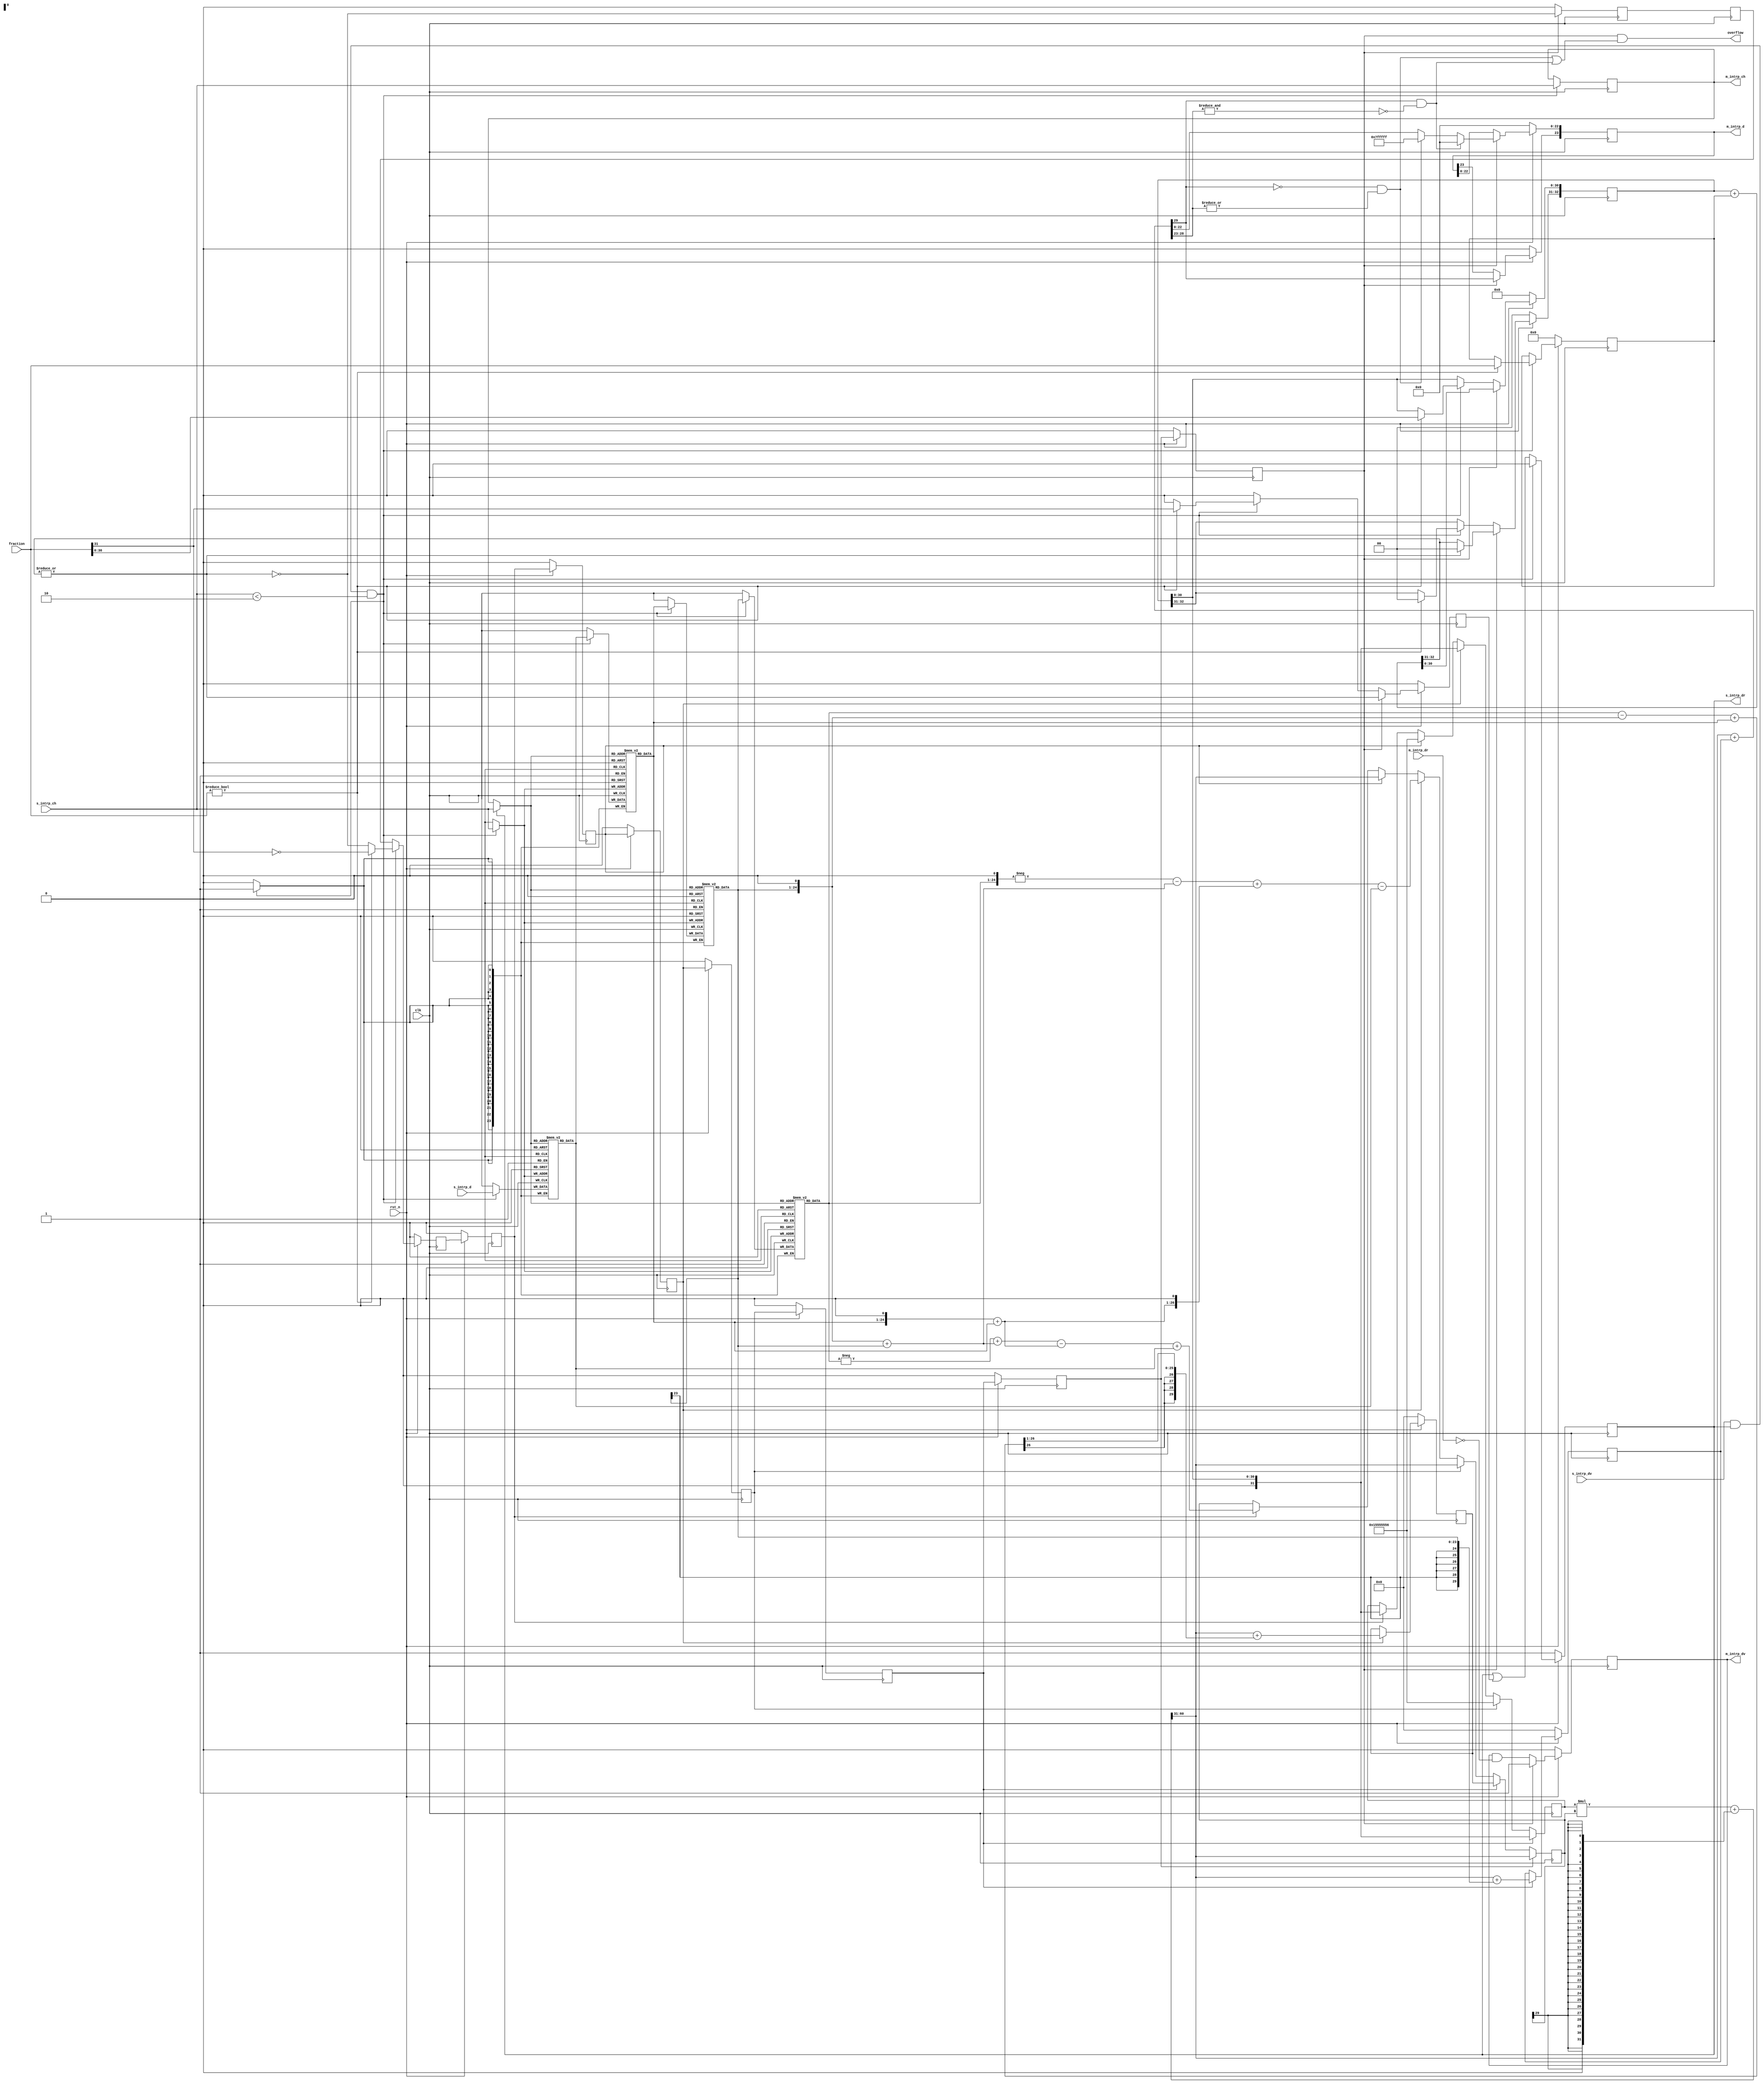
/**
 *  Copyright (C) 2024, Kees Krijnen.
 *
 *  This program is free software: you can redistribute it and/or modify it
 *  under the terms of the GNU Lesser General Public License as published by the
 *  Free Software Foundation, either version 3 of the License, or (at your
 *  option) any later version.
 *
 *  This program is distributed WITHOUT ANY WARRANTY; without even the implied
 *  warranty of MERCHANTIBILITY or FITNESS FOR A PARTICULAR PURPOSE.  See the
 *  GNU Lesser General Public License for more details.
 *
 *  You should have received a copy of the GNU Lesser General Public License
 *  along with this program. If not, see <https://www.gnu.org/licenses/> for a
 *  copy.
 *
 *  License: LGPL, v3, as defined and found on www.gnu.org,
 *           https://www.gnu.org/licenses/lgpl-3.0.html
 *
 *  Description:
 *
 *  The purpose of interpolation is to determine the amplitude y(x), for an
 *  arbitrary x, where x is a fraction between 0.0 and 1.0:
 *
 *       y(-2)        y(-1)       y(0)  y(x)  y(1)        y(2)
 *         |            |           |     |     |           |
 *     -- -2 --------- -1 --------- 0 --- x --- 1 --------- 2 -----> T (time)
 *         |            |           |           |           |
 *         p2           p1          p0          n1          n2
 *
 *  The samples being interpolated represent the wave amplitude at a particular
 *  instant of time, T - an impulse train. So each sample is the amplitude at
 *  T = ..., -2, -1, 0, 1, 2, ... etc.
 *
 *  Determination n-th order polynomial coefficients requires n+1 data points.
 *  When the polynomial coefficients are known y(x) can be calculated:
 *
 *    y(x)  = ax3 + bx2 + cx + d   // 3rd order polynomial
 *    y(x)  = x(x(ax + b) + c) + d
 *       x = -1, 0, 1, 2           // Determine coefficients by substitution
 *
 *    y(-1) -> p1 = -a + b - c + d             a = (-p1 + 3p0 - 3n1 + n2)/6
 *    y(0)  -> p0 = d                          b = (p1 - 2p0 + n1)/2
 *    y(1)  -> n1 = a + b + c + d              c = (-2p1 - 3p0 + 6n1 - n2)/6
 *    y(2)  -> n2 = 8a + 4b + 2c + d           d = p0
 *
 *  Interpolates between p0 and n1 taking the previous (p1) and next (n2) points
 *  into account:
 *
 *    float interpolate( float x, p1, p0, n1, n2 )
 *    {
 *        return ( // return y(x)
 *            p0 +                                          // d
 *            x * ((( -2p1 - 3p0 + 6n1 - n2 ) / 6 ) +       // c
 *              x * ((( p1 - 2p0 + n1 ) / 2 ) +             // b
 *                x * (( -p1 + 3p0 - 3n1 + n2 ) / 6 ) )));  // a
 *    }
 *
 *    2p0 = p0 << 1, 3p0 = 2p0 + p0, 6n1 = 3n1 << 1, /2 => >> 1
 *    /6 => * 1/6, division equals multiplication by fraction
 *
 *    y(x) = ax4 + bx3 + cx2 + dx + e     // 4th order polynomial
 *    y(x) = x(x(x(ax + b) + c) + d) + e
 *       x = -2, -1, 0, 1, 2              // Determine coefficients by substitution
 *
 *    y(-2) -> p2 = 16a - 8b + 4c - 2d + e    a = (p2 - 4p1 + 6p0 - 4n1 + n2)/24
 *    y(-1) -> p1 = a - b + c - d + e         b = (-p2 + 2p1 - 2n1 + n2)/12
 *    y(0)  -> p0 = e                         c = (-p2 + 16p1 - 30p0 + 16n1 - n2)/24
 *    y(1)  -> n1 = a + b + c + d + e         d = (p2 - 8p1 + 8n1 - n2)/12
 *    y(2)  -> n2 = 16a + 8b + 4c + 2d + e    e = p0
 *
 *  Interpolates between p0 and n1 taking the previous (p2, p1) and next (n2)
 *  points into account:
 *
 *    float interpolate( float x, p2, p1, p0, n1, n2 )
 *    {
 *        return ( // return y(x)
 *            p0 +                                                   // e
 *            x * ((( p2 - 8p1 + 8n1 - n2 ) / 12 ) +                 // d
 *              x * ((( -p2 + 16p1 - 30p0 + 16n1 - n2 ) / 24 ) +     // c
 *                x * ((( -p2 + 2p1 - 2n1 + n2 ) / 12 ) +            // b
 *                  x * (( p2 - 4p1 + 6p0 - 4n1 + n2 ) / 24 ) ))));  // a
 *    }
 *
 *    2p1 = p1 << 1, 8p1 = p1 << 3, 16p1 = 8p1 << 1, 30p0 = ( p0 << 5 ) - 2p0
 *    /12 => ( * 1/6 ) >> 1, /24 => ( * 1/6 ) >> 2
 *
 *  A 5th order polynomial interpolation, with four data points sampled, is
 *  based on publications by Joshua Scholar and Dave Waugh:
 *
 *    y(x) = ax5 + bx4 + cx3 + dx2 + ex + f  // 5th order polynomial
 *    y(x) = x(x(x(x(ax + b) + c) + d) + e) + f
 *
 *    float interpolate( float x, p1, p0, n1, n2 )
 *    {
 *        return ( // return y(x)
 *            p0 +                                                          // f
 *            .5f *
 *            x * ( n1 - p1 +                                               // e
 *              x * ( n1 + ( -2 * p0 ) + p1 +                               // d
 *                x * (( 9 * ( n1 - p0 )) + ( 3 * ( p1 - n2 )) +            // c
 *                  x * (( 15 * ( p0 - n1 )) + ( 5 * ( n2 - p1 )) +         // b
 *                    x * (( 6 * ( n1 - p0 )) + ( 2 * ( p1 - n2 ))) )))));  // a
 *    }
 *
 *    .5f *            => >> 1
 *    -2 * p0          => -p0 << 1
 *    9 * ( n1 - p0 )  => (( n1 - p0 ) << 3 ) + ( n1 - p0 )
 *    3 * ( p1 - n2 )  => ( -( n2 - p1 ) << 1 ) - ( n2 - p1 )
 *    15 * ( p0 - n1 ) => ( -( n1 - p0 ) << 4 ) + ( n1 - p0 )
 *    5 * ( n2 - p1 )  => (( n2 - p1 ) << 2 ) + ( n2 - p1 )
 *    6 * ( n1 - p0 )  => (( n1 - p0 ) << 2 ) + (( n1 - p0 ) << 1 )
 *    2 * ( p1 - n2 )  => -( n2 - p1 ) << 1
 *
 *  The data output is asynchronous due to multi channel processing. Synchronous
 *  data output would require data fifos for timing the output of every channel.
 *  When there is a single channel (NR_CHANNELS=1), the data output is semi-
 *  synchronous what helps the process visualization in graphical simulation
 *  display.
 **/

`resetall
`timescale 1ns / 1ps
`default_nettype none

module interpolator #(
    parameter POLYNOMIAL     = "3RD_ORDER", // "4TH_ORDER", "5TH_ORDER"
    parameter INPUT_WIDTH    = 24, // Input width
    parameter FRACTION_WIDTH = 32, // >= INPUT_WIDTH + 1
    parameter NR_CHANNELS    = 2 ) // Number of interpolation channels
    (
    clk, rst_n, // Synchronous reset, high when clk is stable!
    s_intrp_d, s_intrp_ch, s_intrp_dv, s_intrp_dr, // _d = data, _ch = channel id
    fraction, // Fraction represents max. value 2.0 to allow down conversions
    m_intrp_d, m_intrp_ch, m_intrp_dv, m_intrp_dr, // _dv = data valid, _dr = data ready
    overflow
    );

localparam MAX_CLOG2_WIDTH = 8;
/*============================================================================*/
function integer clog2( input [MAX_CLOG2_WIDTH-1:0] value );
/*============================================================================*/
    reg [MAX_CLOG2_WIDTH-1:0] depth;
    begin
        clog2 = 1; // Minimum bit width
        if ( value > 1 ) begin
            depth = value - 1;
            clog2 = 0;
            while ( depth > 0 ) begin
                depth = depth >> 1;
                clog2 = clog2 + 1;
            end
        end
    end
endfunction

localparam
    INW   = INPUT_WIDTH, // Input  width
    OUTW  = INPUT_WIDTH, // Output width
    CHW   = clog2( NR_CHANNELS ), // Channel width
    CHN   = NR_CHANNELS, // Number of channels
    CNTRW = FRACTION_WIDTH; // Fraction and counter width

input  wire             clk;
input  wire             rst_n; // Synchronous reset, high when clk is stable!
input  wire [INW-1:0]   s_intrp_d;
input  wire [CHW-1:0]   s_intrp_ch;
input  wire             s_intrp_dv;
output wire             s_intrp_dr;
input  wire [CNTRW-1:0] fraction; // 1.CNTRW-1 fraction value
output wire [OUTW-1:0]  m_intrp_d;
output wire [CHW-1:0]   m_intrp_ch;
output wire             m_intrp_dv;
input  wire             m_intrp_dr;
output wire             overflow;
/**
 * The 1.CNTRW-1 fraction (step) value represents a maximum of 2. E.g. an input
 * sample rate of 48kHz could be converted down to 24kHz but not lower. Most
 * generally 48kHz audio could be converted down to 44.1kHz or 32kHz.
 **/
localparam real FACTOR_1 = 2.0 ** ( CNTRW - 1 ); // 1.0 == power 2 fraction width
localparam real ONE_SIXTH = ( FACTOR_1 / 6.0 ) + 0.5; // 1/6 factor
localparam real ONE_TWELFTH = ( FACTOR_1 / 12.0 ) + 0.5; // 1/12 factor
localparam real ONE_TWENTY_FOURTH = ( FACTOR_1 / 24.0 ) + 0.5; // 1/24 factor

// Parameter checks
/*============================================================================*/
initial begin : param_check
/*============================================================================*/
    if ( POLYNOMIAL != "3RD_ORDER" &&
         POLYNOMIAL != "4TH_ORDER" &&
         POLYNOMIAL != "5TH_ORDER" ) begin
        $display( "Select one of the interpolation implementations!" );
        $finish;
    end
    if ( NR_CHANNELS > (( 2 ** MAX_CLOG2_WIDTH ) - 1 )) begin
        $display( "NR_CHANNELS > (( 2 ** MAX_CLOG2_WIDTH ) - 1 )!" );
        $finish;
    end
    if (( INPUT_WIDTH + 1 ) > FRACTION_WIDTH ) begin
        $display( "( INPUT_WIDTH + 1 ) > FRACTION_WIDTH!" );
        $finish;
    end
end // param_check

reg signed  [INW-1:0] p2 [0:CHN-1];
wire signed [INW-1:0] p2_c;
reg signed  [INW-1:0] p1 [0:CHN-1];
wire signed [INW-1:0] p1_c;
reg signed  [INW-1:0] p0 [0:CHN-1];
wire signed [INW-1:0] p0_c;
reg signed  [INW-1:0] n1 [0:CHN-1];
wire signed [INW-1:0] n1_c;
reg signed  [INW-1:0] n2 [0:CHN-1];
wire signed [INW-1:0] n2_c;

// Boolean states
reg s0 = 0;
reg s0_i = 0;
reg s0_ii = 0;
reg yx = 0;
reg next_x = 0;

reg s_intrp_dr_i = 0;
reg [CHW-1:0] m_intrp_ch_i = 0;
reg m_intrp_dv_i = 0;
wire   chs_intrp_dv; // Channel select valid
assign chs_intrp_dv = s_intrp_dv && s_intrp_dr_i && ( s_intrp_ch < NR_CHANNELS );

integer i = 0;
/*============================================================================*/
initial begin
/*============================================================================*/
    for ( i = 0; i < CHN; i = i + 1 ) begin // Initialize data memory
        p2[i] = 0;
        p1[i] = 0;
        p0[i] = 0;
        n1[i] = 0;
        n2[i] = 0;
    end
end

wire [CHW-1:0] intrp_ch;
assign intrp_ch = s_intrp_dr_i ? s_intrp_ch : m_intrp_ch_i;
assign p2_c = p2[ intrp_ch ];
assign p1_c = p1[ intrp_ch ];
assign p0_c = p0[ intrp_ch ];
assign n1_c = n1[ intrp_ch ];
assign n2_c = n2[ intrp_ch ];

/*============================================================================*/
always @(posedge clk) begin : fifo
/*============================================================================*/
    s_intrp_dr_i <= s_intrp_dr_i || next_x;
    if ( chs_intrp_dv ) begin
        s_intrp_dr_i <= 0;
        m_intrp_ch_i <= s_intrp_ch;
        { p2[ s_intrp_ch ], p1[ s_intrp_ch ], p0[ s_intrp_ch ], n1[ s_intrp_ch ], n2[ s_intrp_ch ] } <=
            { p1_c, p0_c, n1_c, n2_c, s_intrp_d };
    end
    if ( !rst_n ) begin
        s_intrp_dr_i <= 1;
    end
end // fifo
assign s_intrp_dr = s_intrp_dr_i;
assign m_intrp_ch = m_intrp_ch_i;

reg [CNTRW-1:0] step = 0;
reg [CNTRW:0] acc_fraction = 0;
wire [CNTRW:0] acc_fraction_c;
assign acc_fraction_c = acc_fraction + { 1'b0, step };
wire next_x_c;
assign next_x_c = |acc_fraction_c[CNTRW:CNTRW-1];
/*============================================================================*/
always @(posedge clk) begin : accumulate_fraction
/*============================================================================*/
    s0_i <= 0;
    s0_ii <= s0_i;
    s0 <= s0_ii; // Two clock cycles delay for same s0/yx timing as input
    next_x <= 0;
    if ( chs_intrp_dv ) begin
        s0 <= ~next_x_c;
        if ( fraction != 0 ) begin // Ignore fraction when zero!
            step <= fraction;
            acc_fraction <= { 2'b00, fraction[CNTRW-2:0] };
            next_x <= fraction[CNTRW-1];
            // No need to start when fraction >= 1, but fraction is stored for next iteration!
            s0 <= ~fraction[CNTRW-1];
        end
    end
    if ( yx ) begin
        acc_fraction <= acc_fraction_c;
        // Skip y(x) calculation when acc_fraction >= 1
        s0_i <= ~next_x_c;
        next_x <= next_x_c;
        if ( next_x_c ) begin
            acc_fraction[CNTRW:CNTRW-1] <= 0;
        end
    end
    if ( !rst_n ) begin
        s0 <= 0;
        next_x <= 0;
        step <= 0;
        acc_fraction <= 0;
    end
end // accumulate_fraction

localparam ASW = INW+6; // Reserved width for add and subtract
wire signed [ASW-1:0] p0_x_2;
wire signed [ASW-1:0] p0_x_3;
wire signed [ASW-1:0] p0_x_6;
wire signed [ASW-1:0] p1_plus_n1__x_4;
wire signed [ASW-1:0] p1_minus_n1__x_2;
wire signed [ASW-1:0] n1_x_3;
wire signed [ASW-1:0] n1_x_6;
wire signed [ASW-1:0] n1_minus_p0;
wire signed [ASW-1:0] n1_minus_p0__x_6;
wire signed [ASW-1:0] n1_minus_p0__x_9;
wire signed [ASW-1:0] p0_minus_n1__x_15;
wire signed [ASW-1:0] n2_minus_p1;
wire signed [ASW-1:0] p1_minus_n2__x_2;
wire signed [ASW-1:0] p1_minus_n2__x_3;
wire signed [ASW-1:0] n2_minus_p1__x_5;
reg signed  [ASW-1:0] a = 0;
reg signed  [ASW-1:0] a_x_6 = 0;
reg signed  [ASW-1:0] a_x_24 = 0;
reg signed  [ASW-1:0] b = 0;
reg signed  [ASW-1:0] b_x_12 = 0;
reg signed  [ASW-1:0] c = 0;
reg signed  [ASW-1:0] c_x_6 = 0;
reg signed  [ASW-1:0] c_x_24 = 0;
reg signed  [ASW-1:0] d = 0;
reg signed  [ASW-1:0] d_x_12 = 0;
reg signed  [ASW-1:0] e = 0;
reg signed  [ASW-1:0] d3rd_e4th_f5th = 0;

assign p0_x_2 = p0_c << 1;
assign p0_x_3 = p0_x_2 + p0_c;
assign p0_x_6 = p0_x_3 << 1;
assign n1_x_3 = ( n1_c << 1 ) + n1_c;
assign n1_x_6 = n1_x_3 << 1;
assign p1_plus_n1__x_4 = ( p1_c + n1_c ) << 2;
assign p1_minus_n1__x_2 = ( p1_c - n1_c ) << 1;
assign n1_minus_p0 = n1_c - p0_c;
assign n1_minus_p0__x_6 = ( n1_minus_p0 << 2 ) + ( n1_minus_p0 << 1 );
assign n1_minus_p0__x_9 = ( n1_minus_p0 << 3 ) + n1_minus_p0;
assign p0_minus_n1__x_15 = -( n1_minus_p0 << 4 ) + n1_minus_p0;
assign n2_minus_p1 = n2_c - p1_c;
assign p1_minus_n2__x_2 = -( n2_minus_p1 << 1 );
assign p1_minus_n2__x_3 = p1_minus_n2__x_2 -  n2_minus_p1;
assign n2_minus_p1__x_5 = ( n2_minus_p1 << 2 ) + n2_minus_p1;

localparam PW = CNTRW + ASW;

reg signed [CNTRW-1:0] p_arg_1; // x0_1 or division fraction (sign=0)
reg signed [ASW-1:0] p_arg_2;
reg signed [PW-1:0] product_c;
/*============================================================================*/
always @(*) begin : multiplication_and_calc_coeff
/*============================================================================*/
    product_c = ( p_arg_1 * p_arg_2 ) + // Round to zero (for negative values)!
        $signed( {{( ASW + 1 ){1'b0}}, {( CNTRW - 1 ){p_arg_2[ASW-1]}}} );
    if ( POLYNOMIAL == "3RD_ORDER" ) begin // Conditional synthesis!
        // 6a = -p1 + 3p0 - 3n1 + n2
        a_x_6 = -p1_c + p0_x_3 - n1_x_3 + n2_c;
        // 2b = p1 - 2p0 + n1
        b     = ( p1_c - p0_x_2 + n1_c ) >>> 1; // Sign extension shift!
        // 6c = -2p1 - 3p0 + 6n1 - n2
        c_x_6 = -( p1_c << 1 ) - p0_x_3 + n1_x_6 - n2_c;
    end
    if ( POLYNOMIAL == "4TH_ORDER" ) begin // Conditional synthesis!
        // 24a = p2 - 4p1 + 6p0 - 4n1 + n2
        a_x_24 = p2_c - p1_plus_n1__x_4 + p0_x_6 + n2_c;
        // 12b = -p2 + 2p1 - 2n1 + n2
        b_x_12 = -p2_c + p1_minus_n1__x_2 + n2_c;
        // 24c = -p2 + 16p1 - 30p0 + 16n1 - n2
        c_x_24 = -p2_c + ( p1_plus_n1__x_4 << 2 ) - (( p0_c << 5 ) - p0_x_2 ) - n2_c;
        // 12d = p2 - 8p1 + 8n1 - n2
        d_x_12 = p2_c - ( p1_minus_n1__x_2 << 2 ) - n2_c;
    end
    if ( POLYNOMIAL == "5TH_ORDER" ) begin // Conditional synthesis!
        // a = ( 6 * ( n1 - p0 )) + ( 2 * ( p1 - n2 ))
        a = n1_minus_p0__x_6 + p1_minus_n1__x_2;
        // b = ( 15 * ( p0 - n1 )) + ( 5 * ( n2 - p1 ))
        b = p0_minus_n1__x_15 + n2_minus_p1__x_5;
        // c = ( 9 * ( n1 - p0 )) + ( 3 * ( p1 - n2 ))
        c = n1_minus_p0__x_9 + p1_minus_n2__x_3;
        // d = n1 + ( -2 * p0 ) + p1
        d = n1_c - p0_x_2 + p1_c;
        // e = n1 - p1
        e = n1_c - p1_c;
    end
    d3rd_e4th_f5th = {{ ( ASW - INW ){p0_c[INW-1]}}, p0_c};
end // multiplication_and_calc_coeff

// Boolean states
reg ax_x_6 = 0;
reg ax_x_24 = 0;
reg ax = 0;
reg ax_plus_b = 0;
reg ax_plus_b_x_24 = 0;
reg axx_bx_c = 0;
reg axxx_bxx_cx_d = 0;
reg axxxx_bxxx_cxx_dx_e = 0;
reg cx = 0;
reg cx_plus_d_x_24 = 0;
reg axx_plus_bx = 0;
reg cxx_plus_dx = 0;
reg axxx_plus_bxx = 0;
reg axxxx_plus_bxxx = 0;
reg signed [ASW-1:0] ax_plus_b_r = 0;
reg signed [ASW-1:0] cx_plus_d_r = 0;
reg signed [ASW-1:0] cxx_plus_dx_plus_e_r = 0;

localparam [INW-2:0] ALL_ZERO = 0; // 00000...
localparam [INW-2:0] ALL_ONES = -1; // 11111...

wire signed [CNTRW-1:0] x0_1;
assign x0_1 = { 1'b0, acc_fraction[CNTRW-2:0] };

wire signed [ASW-1:0] yx_i;
assign yx_i = product_c[PW-2:CNTRW-1] +
    (( POLYNOMIAL == "3RD_ORDER" ) ? cx_plus_d_r :
        (( POLYNOMIAL == "4TH_ORDER" ) ? cxx_plus_dx_plus_e_r : d3rd_e4th_f5th )); // 5TH_ORDER
wire overflow_xy_i_p; // Positive values
assign overflow_xy_i_p = !yx_i[ASW-1] && |yx_i[ASW-2:INW-1];
wire overflow_xy_i_n; // Negative values
assign overflow_xy_i_n = yx_i[ASW-1] && !( &yx_i[ASW-2:INW-1] );
// Output overflow
assign overflow = yx && ( overflow_xy_i_p | overflow_xy_i_n );
// Overflow flags for test purposes
wire overflow_ax_plus_b_r;
assign overflow_ax_plus_b_r =
    ( !ax_plus_b_r[ASW-1] && |ax_plus_b_r[ASW-2:INW-1] ) |
    ( ax_plus_b_r[ASW-1] && !( &ax_plus_b_r[ASW-2:INW-1] ));
wire overflow_cx_plus_d_r;
assign overflow_cx_plus_d_r =
    ( !cx_plus_d_r[ASW-1] && |cx_plus_d_r[ASW-2:INW-1] ) |
    ( cx_plus_d_r[ASW-1] && !( &cx_plus_d_r[ASW-2:INW-1] ));

reg signed [OUTW-1:0] m_intrp_d_i = 0;
/*============================================================================*/
always @(posedge clk) begin : calc_y
/*============================================================================*/
    m_intrp_dv_i <= m_intrp_dv_i & !m_intrp_dr;
    if ( POLYNOMIAL == "3RD_ORDER" ) begin // Conditional synthesis!
        // y(x)  = x(x(ax + b) + c) + d
        ax_x_6 <= s0;
        if ( ax_x_6 ) begin
            p_arg_1 <= x0_1;
            p_arg_2 <= a_x_6;
        end
        ax <= ax_x_6;
        if ( ax ) begin
            p_arg_1 <= ONE_SIXTH;
            p_arg_2 <= product_c[PW-2:CNTRW-1];
        end
        ax_plus_b <= ax;
        if ( ax_plus_b ) begin
            p_arg_1 <= x0_1;
            p_arg_2 <= c_x_6;
            ax_plus_b_r <= product_c[PW-2:CNTRW-1] + b;
        end
        cx <= ax_plus_b;
        if ( cx ) begin
            p_arg_1 <= ONE_SIXTH;
            p_arg_2 <= product_c[PW-2:CNTRW-1];
        end
        axx_plus_bx <= cx;
        if ( axx_plus_bx ) begin
            p_arg_1 <= x0_1;
            p_arg_2 <= ax_plus_b_r;
            cx_plus_d_r <= product_c[PW-2:CNTRW-1] + d3rd_e4th_f5th;
        end
        axxx_plus_bxx <= axx_plus_bx;
        if ( axxx_plus_bxx ) begin
            // p_arg_1 <= x0_1;
            p_arg_2 <= product_c[PW-2:CNTRW-1];
        end
        yx <= axxx_plus_bxx;
    end
    if ( POLYNOMIAL == "4TH_ORDER" ) begin // Conditional synthesis!
        // y(x) = x(x(x(ax + b) + c) + d) + e
        ax_x_24 <= s0;
        if ( ax_x_24) begin
            p_arg_1 <= x0_1;
            p_arg_2 <= a_x_24;
        end
        ax_plus_b_x_24 <= ax_x_24;
        if ( ax_plus_b_x_24 ) begin
            p_arg_1 <= ONE_TWENTY_FOURTH;
            p_arg_2 <= product_c[PW-2:CNTRW-1] + ( b_x_12 << 1 );
        end
        ax_plus_b <= ax_plus_b_x_24;
        if ( ax_plus_b ) begin
            p_arg_1 <= x0_1;
            p_arg_2 <= c_x_24;
            ax_plus_b_r <= product_c[PW-2:CNTRW-1];
        end
        cx_plus_d_x_24 <= ax_plus_b;
        if ( cx_plus_d_x_24 ) begin
            p_arg_1 <= ONE_TWENTY_FOURTH;
            p_arg_2 <= product_c[PW-2:CNTRW-1] + ( d_x_12 << 1 );
        end
        cxx_plus_dx <= cx_plus_d_x_24;
        if ( cxx_plus_dx ) begin
            p_arg_1 <= x0_1;
            p_arg_2 <= product_c[PW-2:CNTRW-1];
        end
        axx_plus_bx <= cxx_plus_dx;
        if ( axx_plus_bx ) begin
            // p_arg_1 <= x0_1;
            p_arg_2 <= ax_plus_b_r;
            cxx_plus_dx_plus_e_r <= product_c[PW-2:CNTRW-1] + d3rd_e4th_f5th;
        end
        axxx_plus_bxx <= axx_plus_bx;
        if ( axxx_plus_bxx ) begin
            // p_arg_1 <= x0_1;
            p_arg_2 <= product_c[PW-2:CNTRW-1];
        end
        axxxx_plus_bxxx <= axxx_plus_bxx;
        if ( axxxx_plus_bxxx ) begin
            // p_arg_1 <= x0_1;
            p_arg_2 <= product_c[PW-2:CNTRW-1];
        end
        yx <= axxxx_plus_bxxx;
    end
    if ( POLYNOMIAL == "5TH_ORDER" ) begin // Conditional synthesis!
        // y(x) = ax5 + bx4 + cx3 + dx2 + ex + f  // 5th order polynomial
        ax <= s0;
        if ( ax ) begin
            p_arg_1 <= x0_1;
            p_arg_2 <= a;
        end
        ax_plus_b <= ax;
        if ( ax_plus_b ) begin
            // p_arg_1 <= x0_1;
            p_arg_2 <= product_c[PW-2:CNTRW-1] + b;
        end
        axx_bx_c <= ax_plus_b;
        if ( axx_bx_c ) begin
            // p_arg_1 <= x0_1;
            p_arg_2 <= product_c[PW-2:CNTRW-1] + c;
        end
        axxx_bxx_cx_d <= axx_bx_c;
        if ( axxx_bxx_cx_d ) begin
            // p_arg_1 <= x0_1;
            p_arg_2 <= product_c[PW-2:CNTRW-1] + d;
        end
        axxxx_bxxx_cxx_dx_e <= axxx_bxx_cx_d;
        if ( axxxx_bxxx_cxx_dx_e ) begin
            p_arg_1 <= x0_1 >>> 1; // 0.5f
            p_arg_2 <= product_c[PW-2:CNTRW-1] + e;
        end
        yx <= axxxx_bxxx_cxx_dx_e;
    end
    if ( yx ) begin
        m_intrp_d_i[OUTW-1] <= yx_i[ASW-1]; // Assign sign
        m_intrp_d_i[OUTW-2:0] <= yx_i[INW-2:0];
        // Check for overflow!
        if ( overflow_xy_i_p ) begin
            m_intrp_d_i[OUTW-2:0] <= ALL_ONES;
        end
        if ( overflow_xy_i_n ) begin
            m_intrp_d_i[OUTW-2:0] <= ALL_ZERO;
        end
        m_intrp_dv_i <= 1;
    end
    if ( !rst_n ) begin
        ax <= 0;
        ax_x_6 <= 0;
        ax_x_24 <= 0;
        ax_plus_b <= 0;
        axx_plus_bx <= 0;
        axx_bx_c <= 0;
        axxx_bxx_cx_d <= 0;
        axxx_plus_bxx <= 0;
        axxxx_plus_bxxx <= 0;
        axxxx_bxxx_cxx_dx_e <= 0;
        ax_plus_b_x_24 <= 0;
        cx <= 0;
        cx_plus_d_x_24 <= 0;
        cxx_plus_dx <= 0;
        yx <= 0;
        ax_plus_b_r <= 0;
        cx_plus_d_r <= 0;
        cxx_plus_dx_plus_e_r <= 0;
        m_intrp_d_i <= 0;
        m_intrp_dv_i <= 0;
    end
end // calc_y
assign m_intrp_d = m_intrp_d_i;
assign m_intrp_dv = m_intrp_dv_i;

endmodule